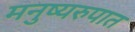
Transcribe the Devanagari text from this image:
मनुष्यरुपात